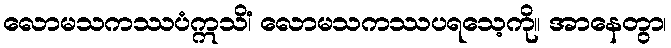
လောမသကဿပံဣသိံ၊ လောမသကဿပရသေ့ကို။ အာနေတွာ၊